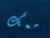
معك